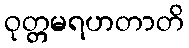
ဝုတ္တမရဟတာတိ